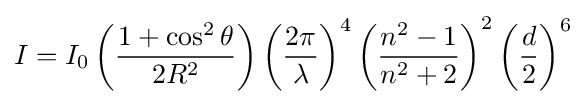
I=I_{0}\left({\frac {1+\cos ^{2}\theta }{2R^{2}}}\right)\left({\frac {2\pi }{\lambda }}\right)^{4}\left({\frac {n^{2}-1}{n^{2}+2}}\right)^{2}\left({\frac {d}{2}}\right)^{6}